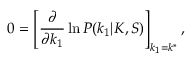
0 = \left[ \frac { \partial } { \partial k _ { 1 } } \ln P ( k _ { 1 } | K , S ) \right] _ { k _ { 1 } = k ^ { * } } ,